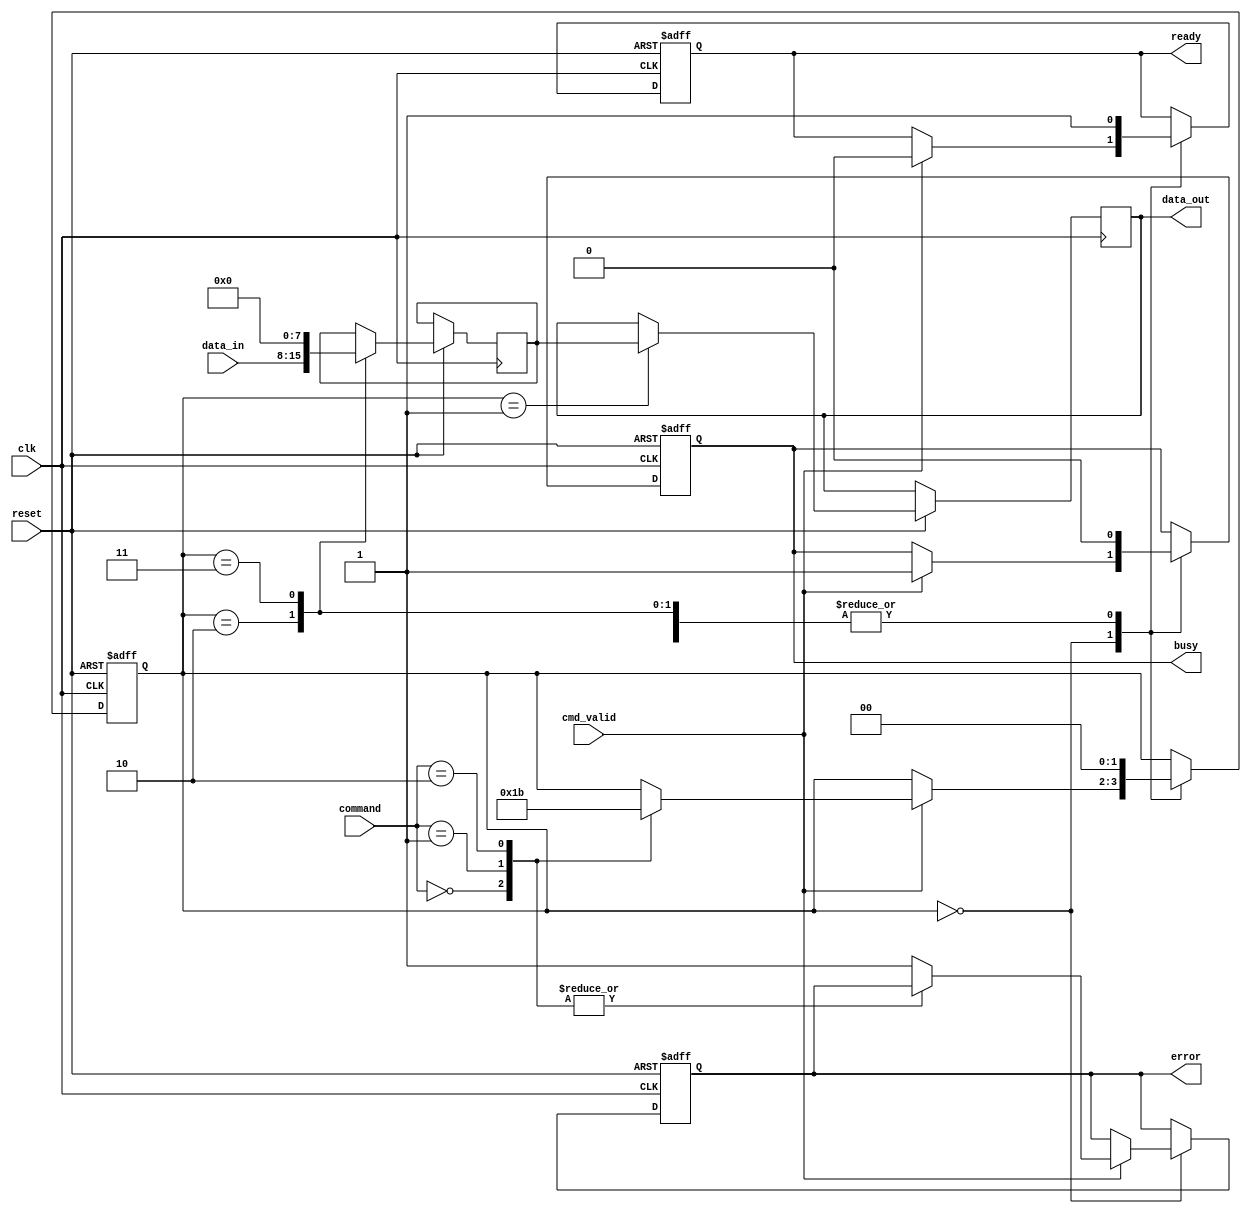
module TLC_NAND_IO_Block (
    input wire clk,                  // System clock
    input wire reset,                // Reset signal
    input wire [7:0] data_in,        // Data input from the controller
    input wire cmd_valid,            // Command valid signal
    input wire [2:0] command,        // Command (0: Read, 1: Write, 2: Erase)
    output reg [7:0] data_out,       // Data output to the controller
    output reg busy,                 // Busy status signal
    output reg ready,                // Ready status signal
    output reg error                 // Error status signal
);

    // Internal signals
    reg [7:0] data_latch;            // Data latch for read/write operations
    reg [3:0] status_reg;            // Status register
    reg [1:0] state;                 // State machine for command processing
    parameter IDLE = 2'b00, READ = 2'b01, WRITE = 2'b10, ERASE = 2'b11;

    // Command decoder logic
    always @(posedge clk or negedge reset) begin
        if (!reset) begin
            busy <= 1'b0;
            ready <= 1'b1;
            error <= 1'b0;
            state <= IDLE;
        end else begin
            case (state)
                IDLE: begin
                    if (cmd_valid) begin
                        busy <= 1'b1;
                        ready <= 1'b0;
                        case (command)
                            3'b000: state <= READ;   // Read command
                            3'b001: state <= WRITE;  // Write command
                            3'b010: state <= ERASE;   // Erase command
                            default: error <= 1'b1;   // Invalid command
                        endcase
                    end
                end
                READ: begin
                    // Simulate read operation
                    data_out <= data_latch; // Fetch data
                    busy <= 1'b0;
                    ready <= 1'b1;
                    state <= IDLE;
                end
                WRITE: begin
                    // Simulate write operation
                    data_latch <= data_in; // Store input data
                    busy <= 1'b0;
                    ready <= 1'b1;
                    state <= IDLE;
                end
                ERASE: begin
                    // Simulate erase operation
                    data_latch <= 8'b00000000; // Resetting data latch (Example)
                    busy <= 1'b0;
                    ready <= 1'b1;
                    state <= IDLE;
                end
            endcase
        end
    end

    // Status register logic
    always @(posedge clk or negedge reset) begin
        if (!reset) begin
            status_reg <= 4'b0000; // Initialize status register
        end else begin
            // Update status register (example)
            status_reg[0] <= busy;  // Busy status
            status_reg[1] <= ready; // Ready status
            status_reg[2] <= error; // Error status
            // Further status flags can be added as required
        end
    end

endmodule